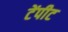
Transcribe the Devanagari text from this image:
टेंपीट